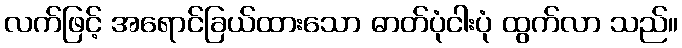
လက်ဖြင့် အရောင်ခြယ်ထားသော ဓာတ်ပုံငါးပုံ ထွက်လာ သည်။